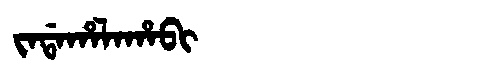
Manchu: ᠵᠠᡩᠠᡥᠠᠯᠠᡥᠠᠪᡳ
Romanization: JADAHALAHABI